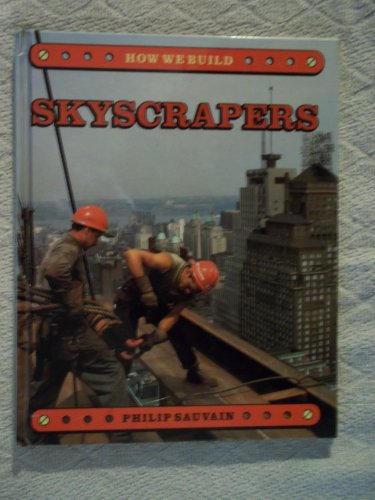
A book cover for How We Build: Skyscrapers (How We Build); Philip Sauvain; Children's Books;